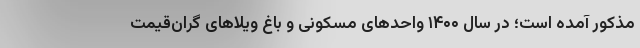
مذکور آمده است؛ در سال ۱۴۰۰ واحدهای مسکونی و باغ ویلاهای گران‌قیمت